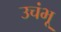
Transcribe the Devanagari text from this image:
उचंभू